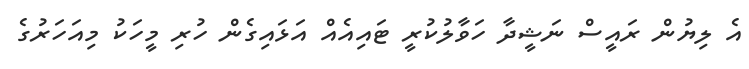
އެ ލިޔުން ރައީސް ނަޝީދާ ހަވާލުކުރީ ޓައިއެއް އަޅައިގެން ހުރި މީހަކު މިއަހަރުގެ